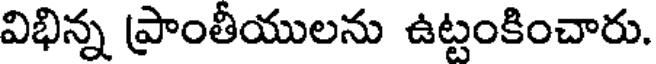
విభిన్న ప్రాంతీయులను ఉట్టంకించారు.